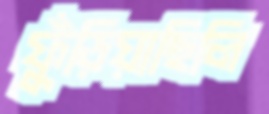
ফুঁড়িয়াছিলি